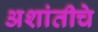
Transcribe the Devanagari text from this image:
अशांतीचे